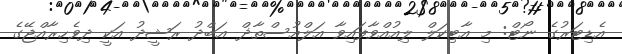
އެޑިޓަރުގެ ނޯޓް: މި އާޓިކަލް ލިއުއްވާފައިވާ އަލްއުސްތާޛް ޢަބްދު ރަޝީދު އަކީ ދިވެހިރާއްޖޭގެ